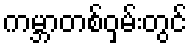
ကမ္ဘာတစ်ဝှမ်းတွင်